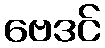
ဗေဒင်